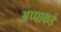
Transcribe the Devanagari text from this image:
अप्पाकडे